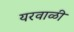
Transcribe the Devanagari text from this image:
यरवाळी